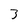
Character: 3